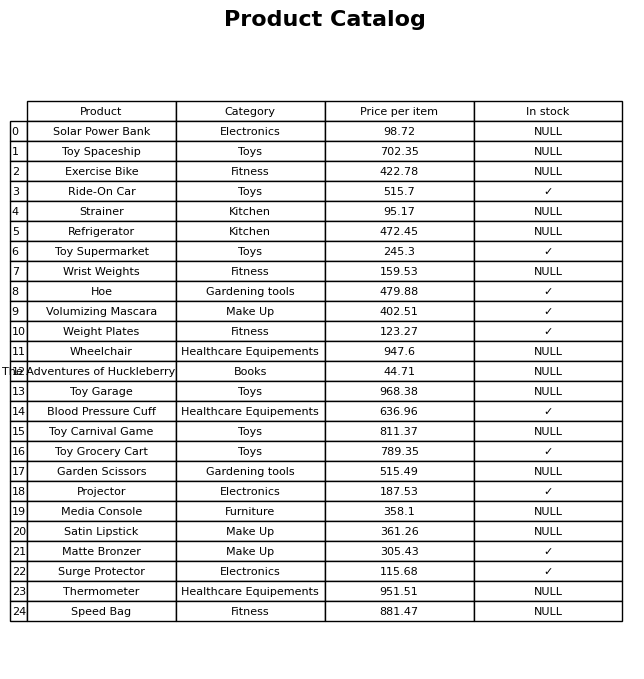
question: What is the price for Speed Bag?
answer: The price of Speed Bag is 881.47.